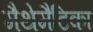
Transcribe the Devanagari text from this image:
मैथेमैटिका